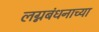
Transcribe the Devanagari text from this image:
लग्नबंधनाच्या